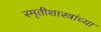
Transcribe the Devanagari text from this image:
स्मृतीशास्त्रांच्या